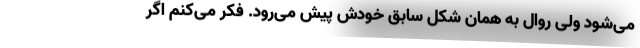
می‌شود ولی روال به همان شکل سابق خودش پیش می‌رود. فکر می‌کنم اگر